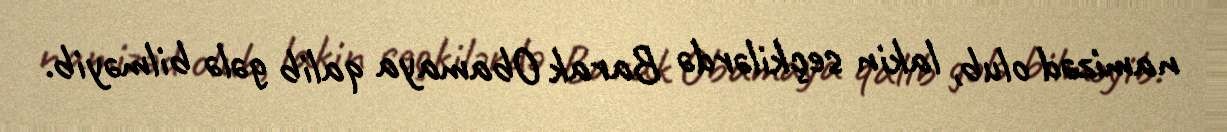
namizəd olub, lakin seçkilərdə Barak Obamaya qalib gələ bilməyib.